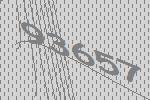
93657